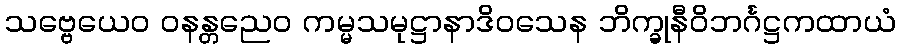
သဗ္ဗေယေဝ ဝနန္တညေဝ ကမ္မသမုဋ္ဌာနာဒိဝသေန ဘိက္ခုနီဝိဘင်္ဂဋ္ဌကထာယံ